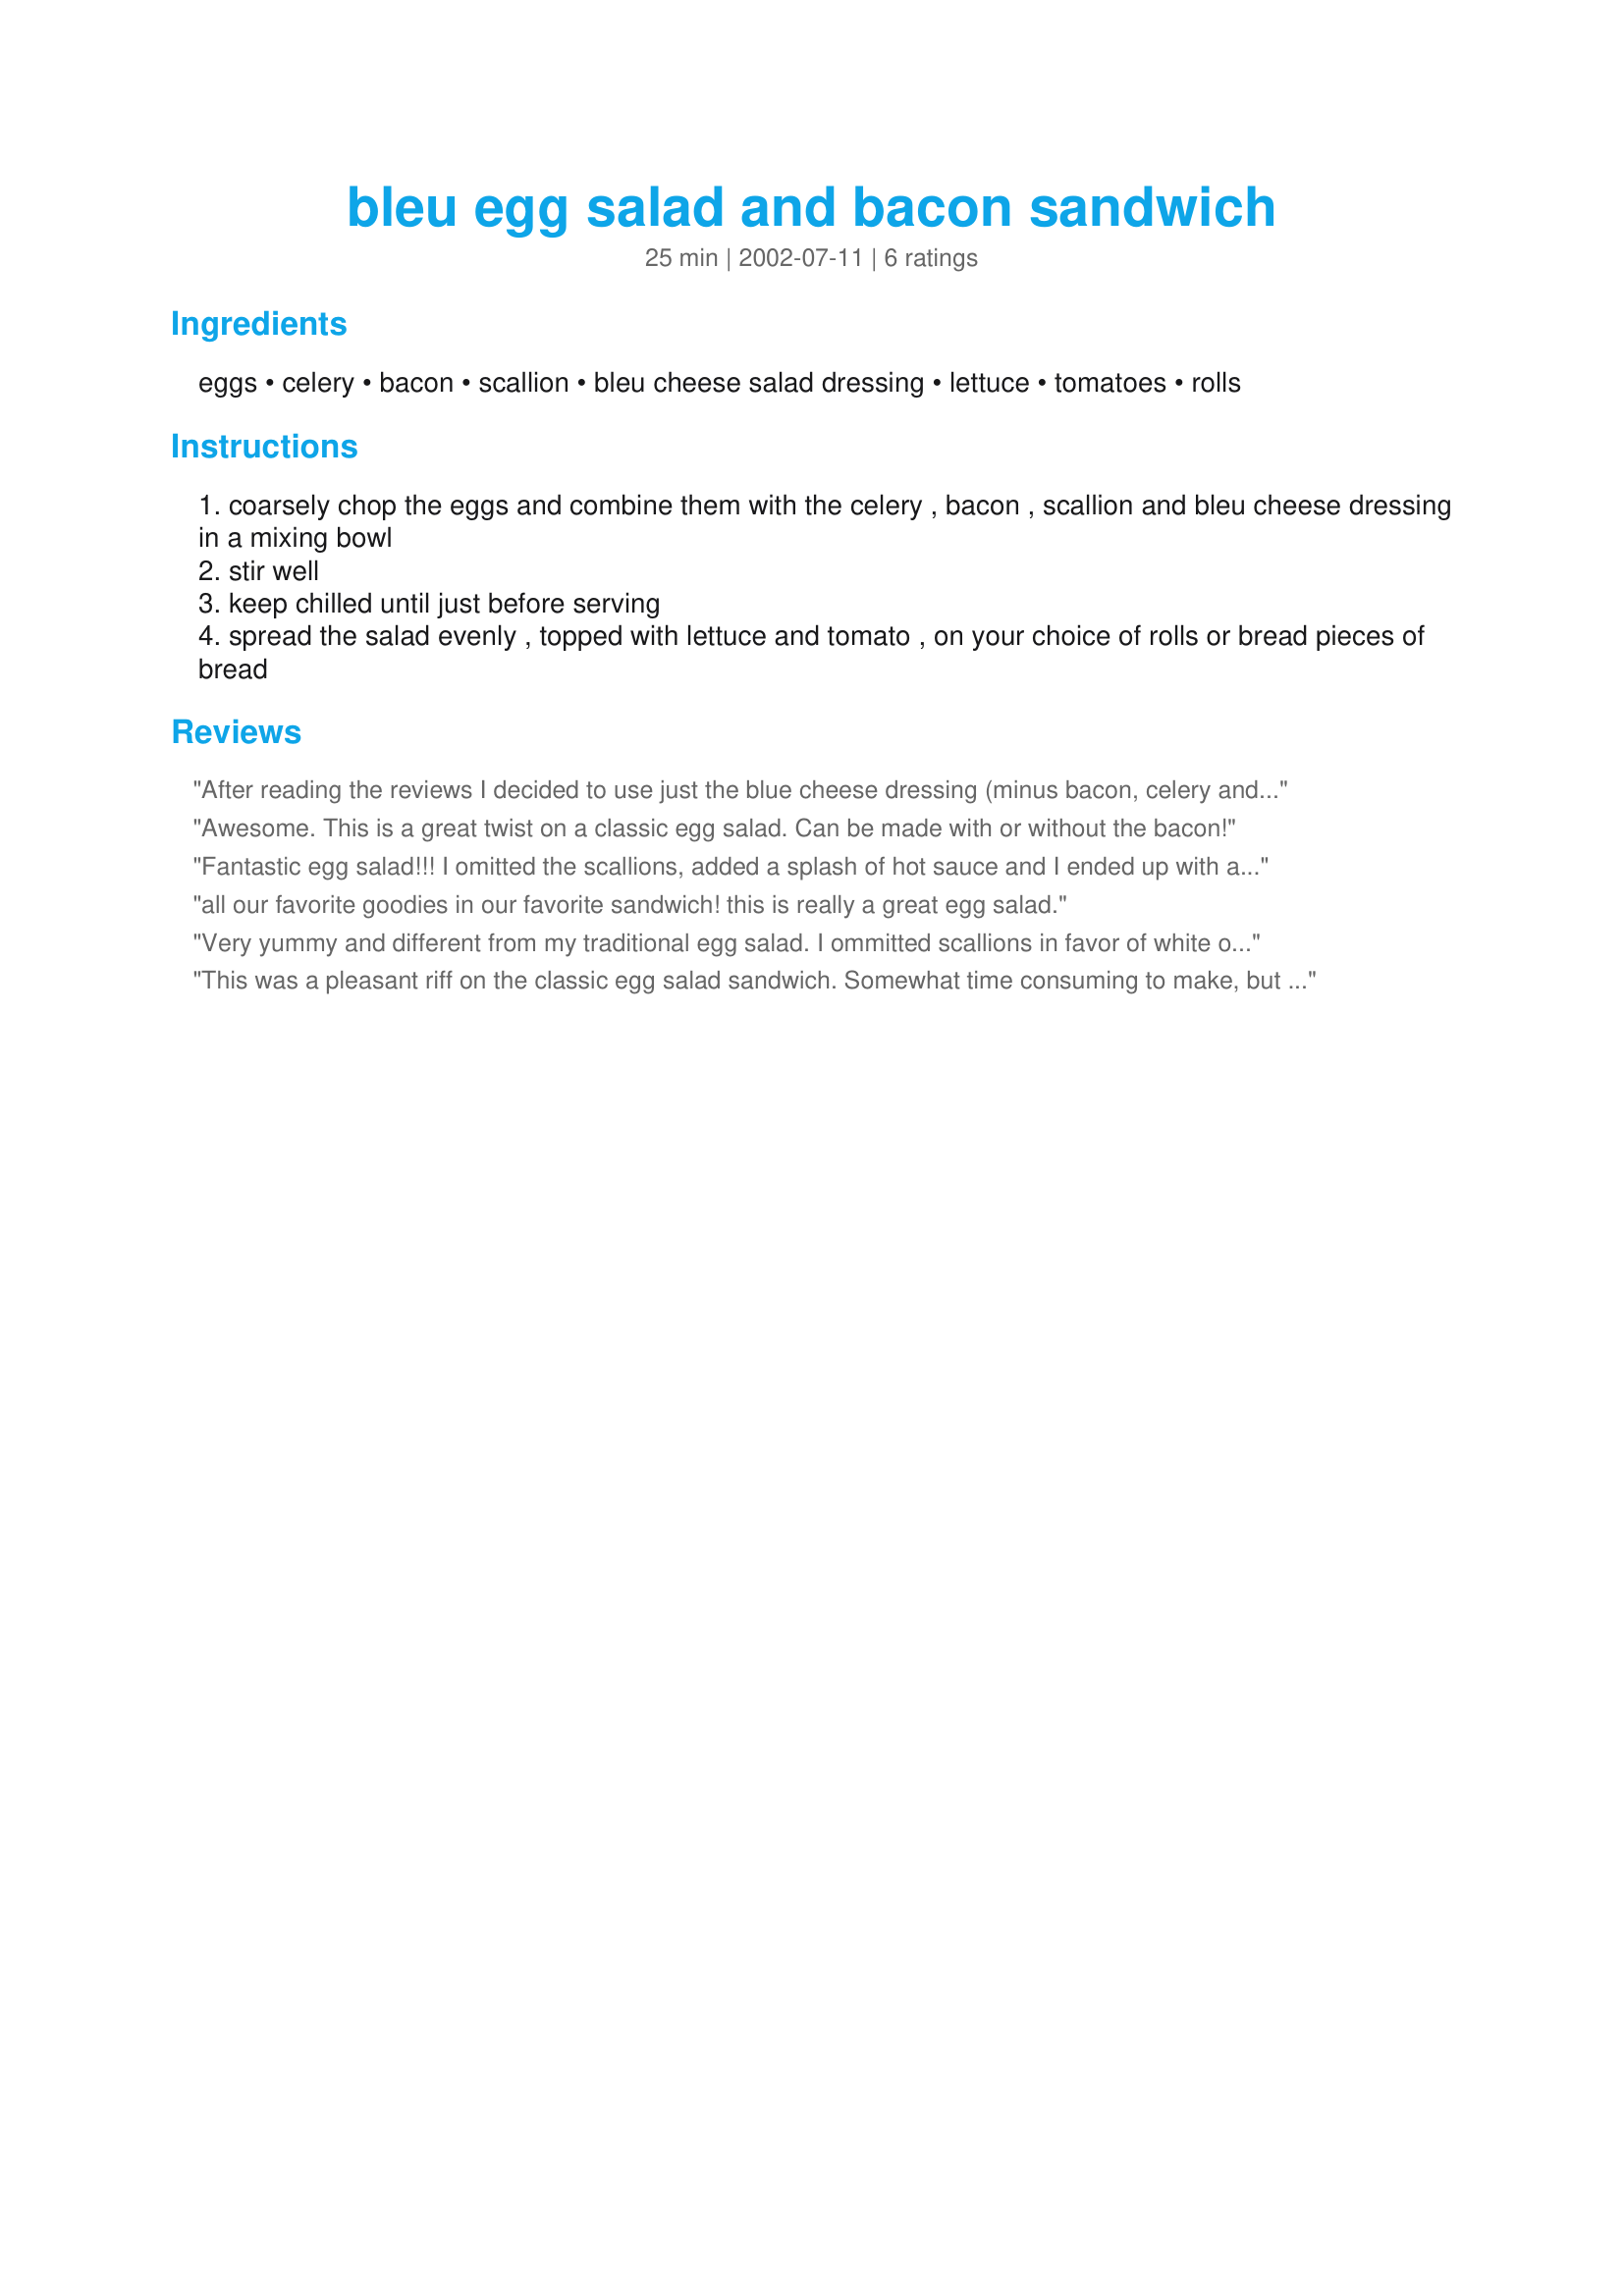
bleu egg salad and bacon sandwich
Preparation time: 25 minutes

Ingredients:
eggs, celery, bacon, scallion, bleu cheese salad dressing, lettuce, tomatoes, rolls

Steps:
coarsely chop the eggs and combine them with the celery , bacon , scallion and bleu cheese dressing in a mixing bowl
stir well
keep chilled until just before serving
spread the salad evenly , topped with lettuce and tomato , on your choice of rolls or bread pieces of bread

Reviews:
After reading the reviews I decided to use just the blue cheese dressing (minus bacon, celery and green onions not to overwhelm the flavor). It is a blue cheese dressing we love that has tons of fresh flavor and the egg salad came out great. I think it would also be yummy with the other additions as well, so will have to try that next time.
Awesome. This is a great twist on a classic egg salad. Can be made with or without the bacon!
Fantastic egg salad!!! I omitted the scallions, added a splash of hot sauce and I ended up with a sort of buffalo wing/egg salad creation. Delicious!
all our favorite goodies in our favorite sandwich! this is really a great egg salad.
Very yummy and different from my traditional egg salad. I ommitted scallions in favor of white onion (1 small) which I had, skipped the lettuce and tomato, and added about 2 oz of crumbled blue cheese leftover from another recipe. This bumped up the blue cheese flavor sufficiently to cause my coworker to rate it "rocks!". Ate on toasted whole wheat for a yummy lunch. I'll definitely do this flavor combination again.
This was a pleasant riff on the classic egg salad sandwich. Somewhat time consuming to make, but very tasty. The only thing that disappointed me a little, was that with all the other ingredients the blue cheese dressing was rather lost. We did use a brand we use regularly on salad and find sufficiently "blue-cheesy".
